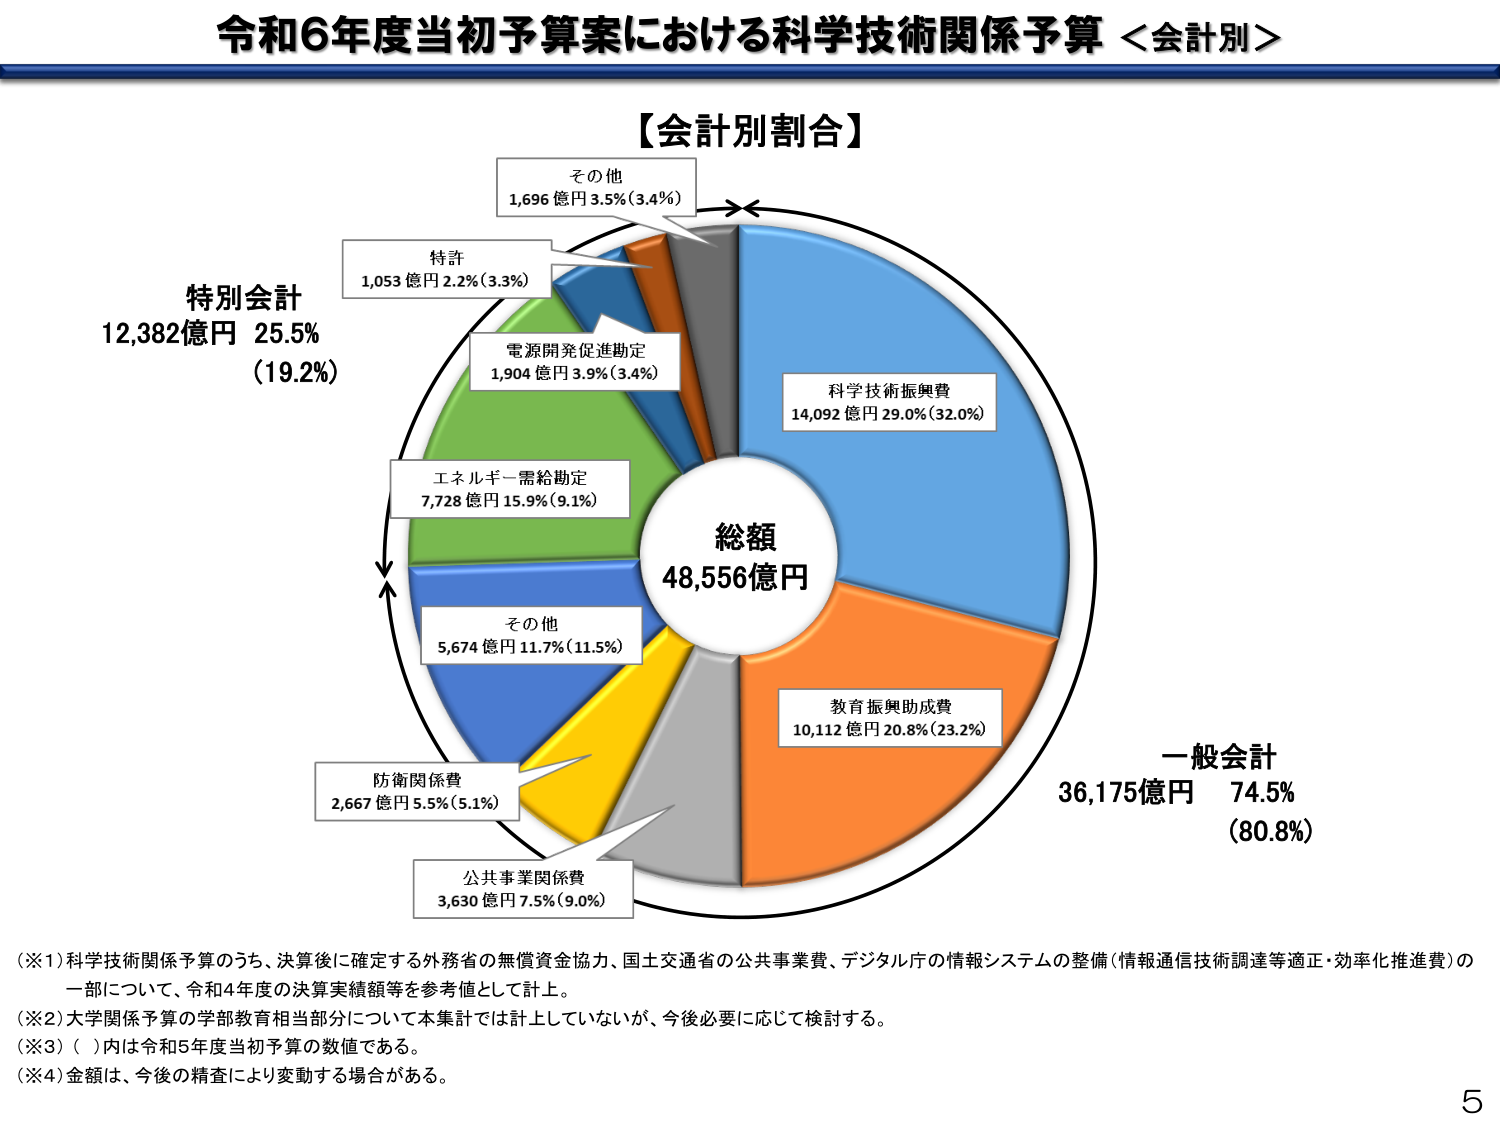
令和6年度当初予算案における科学技術関係予算 ＜会計別＞

【会計別割合】

総額
48,556億円

科学技術振興費
14,092億円 29.0% (32.0%)

教育振興助成費
10,112億円 20.8% (23.2%)

その他
5,674億円 11.7% (11.5%)

防衛関係費
2,667億円 5.5% (5.1%)

公共事業関係費
3,630億円 7.5% (9.0%)

エネルギー需給勘定
7,728億円 15.9% (9.1%)

電源開発促進勘定
1,904億円 3.9% (3.4%)

特許
1,053億円 2.2% (3.3%)

その他
1,696億円 3.5% (3.4%)

特別会計
12,382億円 25.5%
(19.2%)

一般会計
36,175億円 74.5%
(80.8%)

（※1）科学技術関係予算のうち、決算後に確定する外務省の無償資金協力、国土交通省の公共事業費、デジタル庁の情報システムの整備（情報通信技術調達等適正・効率化推進費）の一部について、令和4年度の決算実績額等を参考値として計上。
（※2）大学関係予算の学部教育相当部分について本集計では計上していないが、今後必要に応じて検討する。
（※3）（ ）内は令和5年度当初予算の数値である。
（※4）金額は、今後の精査により変動する場合がある。

5